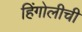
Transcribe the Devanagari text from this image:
हिंगोलीची